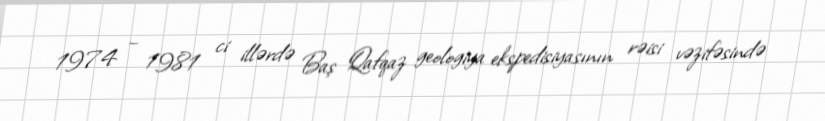
1974 – 1981 ci illərdə Baş Qafqaz geologiya ekspedisiyasının rəisi vəzifəsində